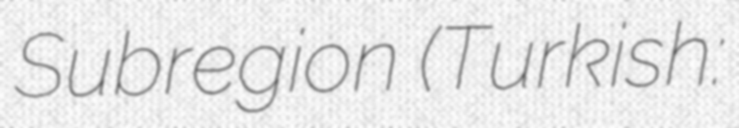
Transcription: Subregion (Turkish: